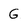
Character: G